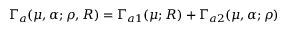
\Gamma _ { a } ( \mu , \alpha ; \rho , { \cal R } ) = \Gamma _ { a 1 } ( \mu ; { \cal R } ) + \Gamma _ { a 2 } ( \mu , \alpha ; \rho )